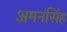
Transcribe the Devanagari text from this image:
अमनसिंह